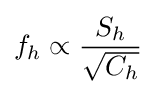
f_{h}\propto {\frac {S_{h}}{\sqrt {C_{h}}}}